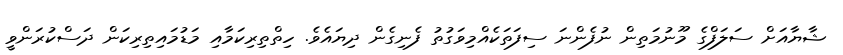
ޝާޔާއަށް ސަލަފްގެ މޫނުމަތިން ނުފެންނަ ސިފަތަކެއްމިވަގުތު ފެނިގެން ދިޔައެވެ. ހިތްތިރިކަމާއި މަޑުމައިތިރިކަން ދަސްކުރަންވީ